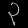
Digit: ၃